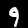
Digit: 9